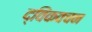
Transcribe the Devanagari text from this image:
द्विकवचन